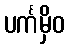
ပင်္ကမှိဝ